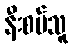
နီးစပ်သူ